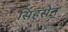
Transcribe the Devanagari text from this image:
सिंहसेन्